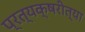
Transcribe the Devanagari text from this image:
प्रत्यक्षरीत्या